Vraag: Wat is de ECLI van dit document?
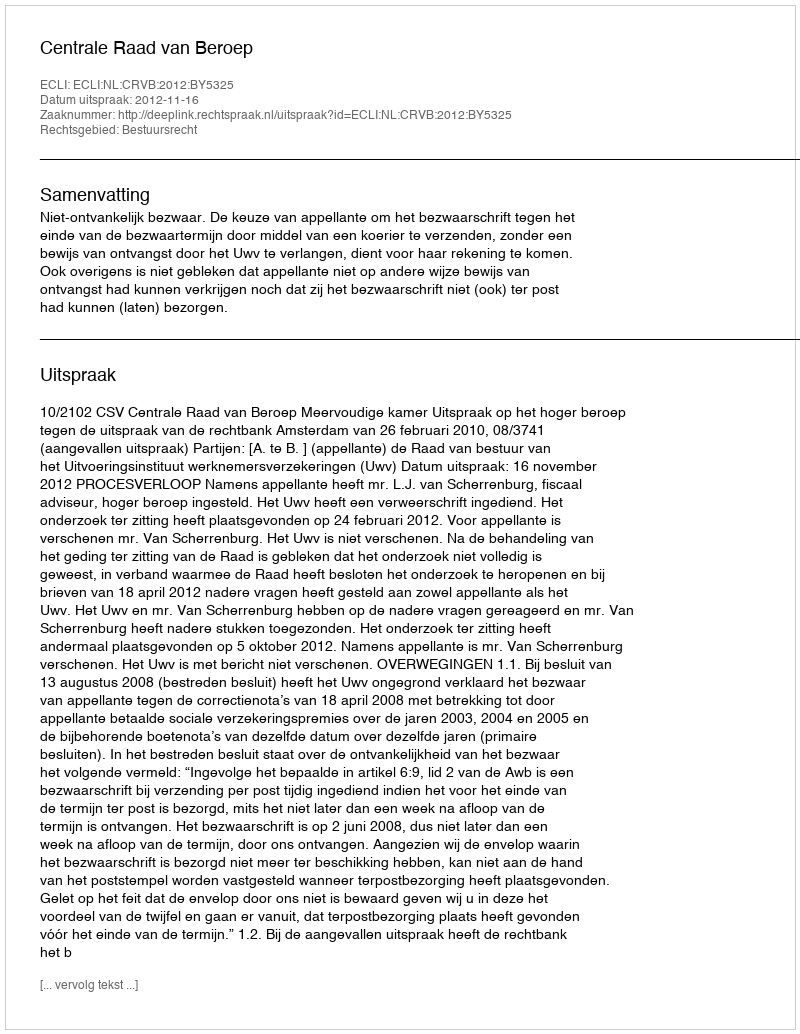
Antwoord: ECLI:NL:CRVB:2012:BY5325